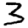
Digit: 3